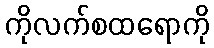
ကိုလက်စထရောကို